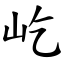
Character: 屹